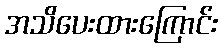
အသိပေးထားကြောင်း